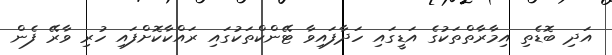
އަދި ބޮޑެތި އިމާރާތްތަކުގެ އަޑީގައި ހަދާފައިވާ ޓޭންކްތަކުގައި ރައްކާކޮށްފައި ހުރި ވާރޭ ފެން